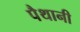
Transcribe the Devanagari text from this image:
पैथानी